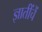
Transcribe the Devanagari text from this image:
ज्ञातींचें